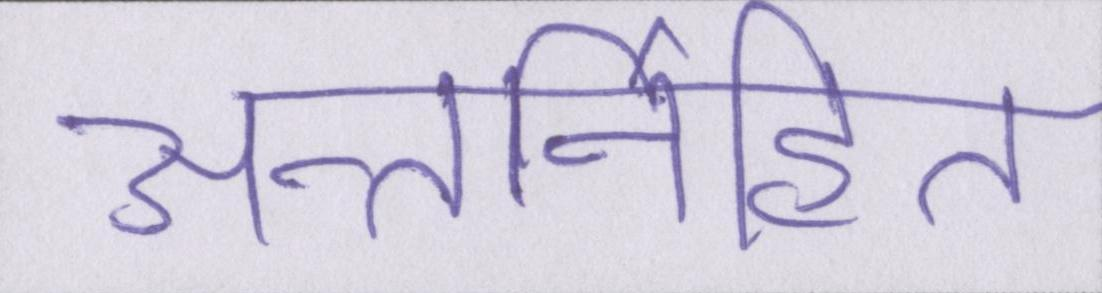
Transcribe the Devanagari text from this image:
अन्तर्निहित